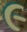
૯